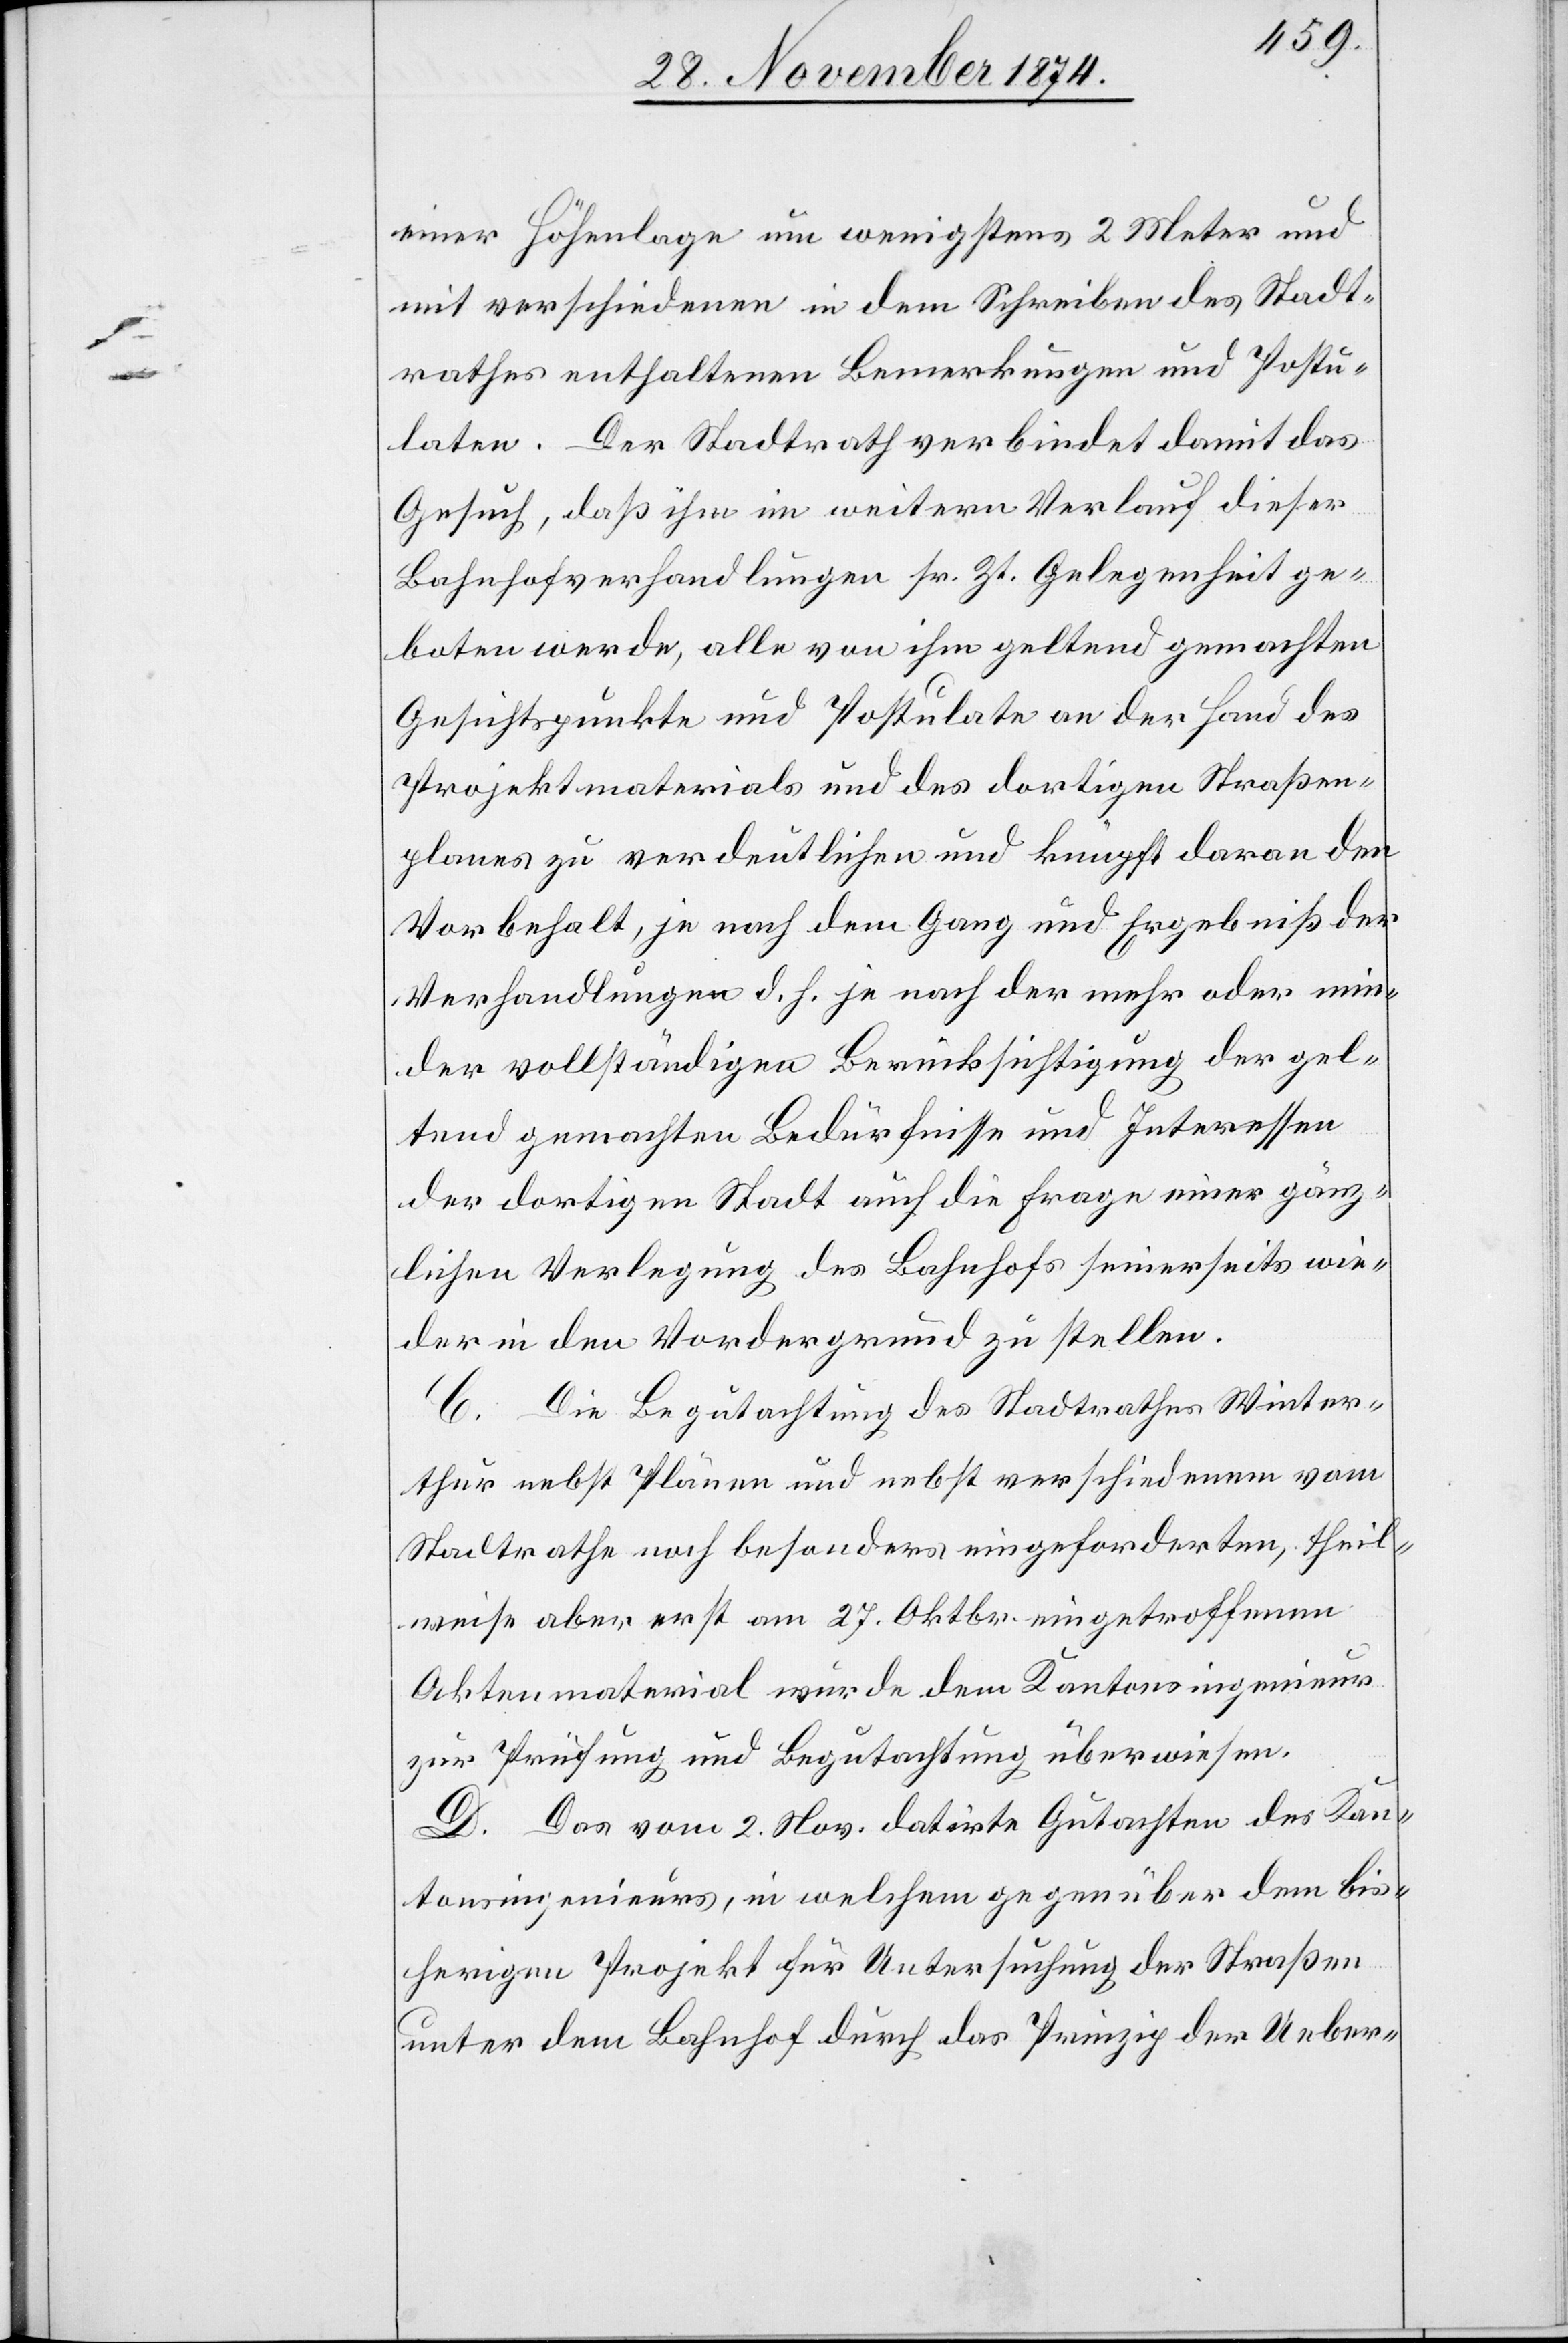
einer Höhenlage um wenigstens 2 Meter und
mit verschiedenen in dem Schreiben des Stadt¬
rathes enthaltenen Bemerkungen und Postu¬
laten. Der Stadtrath verbindet damit das
Gesuch, daß ihm im weitern Verlauf dieser
Bahnhofverhandlungen sr. Zt. Gelegenheit ge¬
boten werde, alle von ihm geltend gemachten
Gesichtspunkte und Postulate an der Hand des
Projektmaterials und des dortigen Straßen¬
planes zu verdeutlichen und knüpft daran den
Vorbehalt, je nach dem Gang und Ergebniß der
Verhandlungen d. h. je nach der mehr oder min¬
der vollständigen Berücksichtigung der gel¬
tend gemachten Bedürfnisse und Interessen
der dortigen Stadt auf die Frage einer gänz¬
lichen Verlegung des Bahnhofs seinerseits wie¬
der in den Vordergrund zu stellen.
C. Die Begutachtung des Stadtrathes Winter¬
thur nebst Plänen und nebst verschiedenem vom
Stadtrathe noch besonders eingeforderten, theil¬
weise aber erst am 27. Oktbr. eingetroffenen
Aktenmaterial wurde dem Kantonsingenieur
zur Prüfung und Begutachtung überwiesen.
D. Das vom 2. Nov. datirte Gutachten des Kan¬
tonsingenieurs, in welchem gegenüber dem bis¬
herigen Projekt für Untersuchung der Straßen
unter dem Bahnhof durch das Prinzip der Ueber-